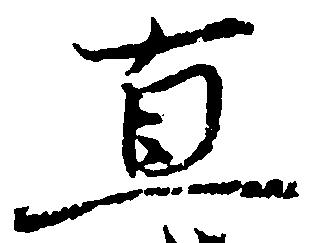
直